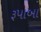
રૂપાબા